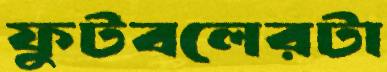
ফুটবলেরটা